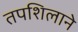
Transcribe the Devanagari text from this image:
तपशिलाने